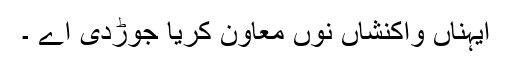
ایہناں واکنشاں نوں معاون کریا جوڑدی اے ۔